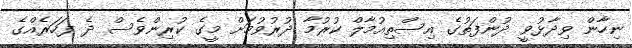
ނިހާން ވިދާޅުވީ ދުންފަތުގެ އިސްތިއުމާލް ކުރުމާ ދުރުވުމަށް މީގެ ކުރިންވެސް ދެ ފަހަރެއްގެ